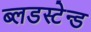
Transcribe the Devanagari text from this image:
ब्लडस्टेन्ड